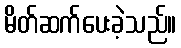
မိတ်ဆက်ပေးခဲ့သည်။